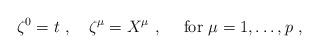
LaTeX: \begin{align*}\zeta^0=t\ ,\quad\zeta^\mu=X^\mu\ ,\quad \mbox{ for } \mu=1,\ldots,p\ ,\end{align*}